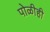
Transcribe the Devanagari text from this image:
पोळीही